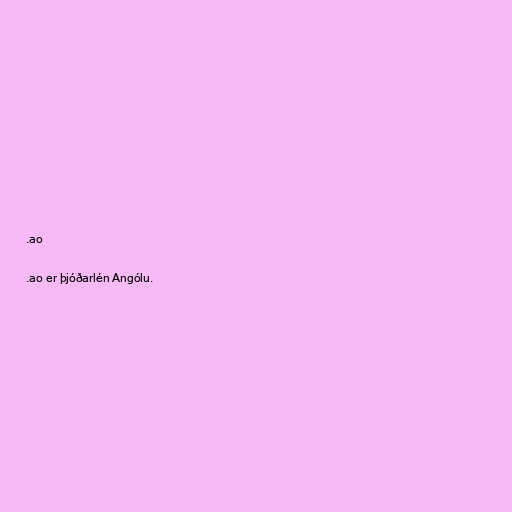
.ao

.ao er þjóðarlén Angólu.